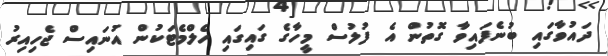
ދައުވާގައި ބުނެފައިވާ ގޮތުން އެ ފުލުސް މީހާގެ ގައިގައި ހެލްމެޓަކުން އުނައިސް ޖެހިއިރު